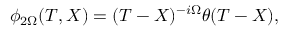
\phi _ { 2 \Omega } ( T , X ) = ( T - X ) ^ { - i \Omega } \theta ( T - X ) ,